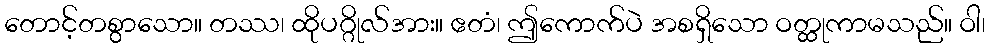
တောင့်တစွာသော။ တဿ၊ ထိုပဂ္ဂိုလ်အား။ ဧတံ၊ ဤကောက်ပဲ အစရှိသော ဝတ္ထုကာမသည်။ ဝါ၊